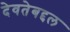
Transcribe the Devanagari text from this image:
देवतेबद्दल